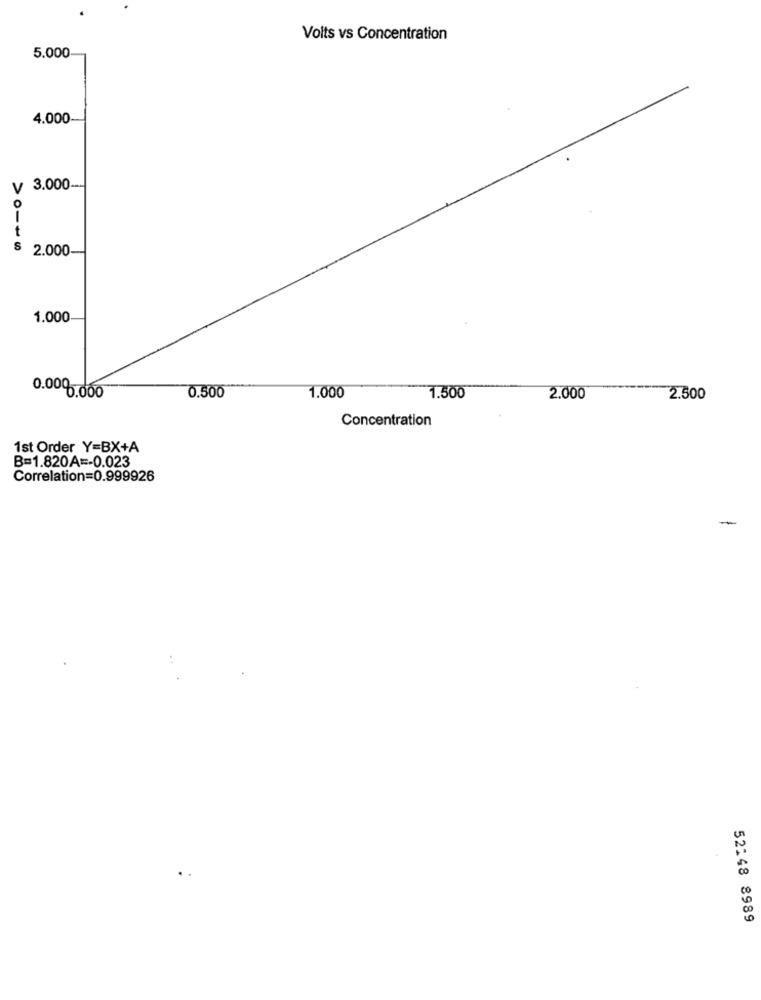
Volts vs Concentration
5.000
4.000
V 3.000-
O
2.000-
1.000
0.500
0.000.000
1.000
1.500
2.000
2.500
Concentration
1st Order Y=BX+A
B=1.820A =- 0.023
Correlation=0.999926
-
52148 8989